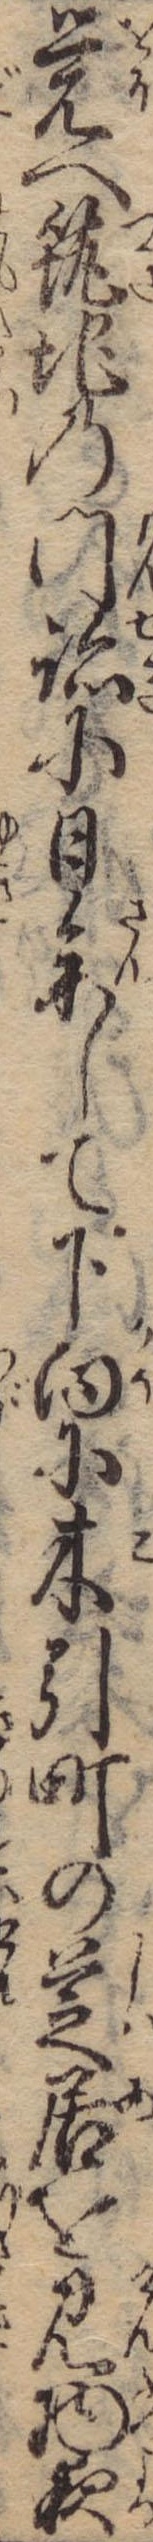
覚へ筑地の門跡に日参して下向に木引町の芝居を見物夜